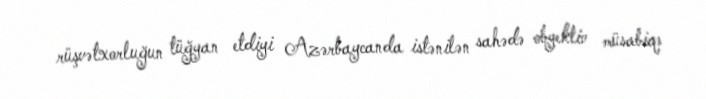
rüşvətxorluğun tüğyan etdiyi Azərbaycanda istənilən sahədə obyektiv müsabiqə